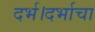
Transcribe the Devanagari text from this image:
दर्भ।दर्भाचा